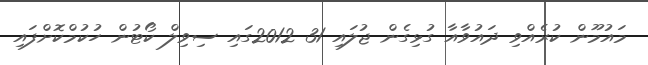
މައުމޫން ކުރެއްވި ދައުވާއާ ގުޅިގެން ޖުލައި 31 2012ގައި ސިވިލް ކޯޓުން ހުކުމްކޮށްފައި